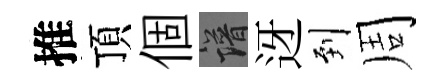
推頂個譜迓到周